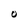
Character: 0